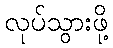
လုပ်သွားဖို့